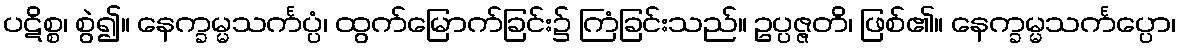
ပဋိစ္စ၊ စွဲ၍။ နေက္ခမ္မသင်္ကပ္ပံ၊ ထွက်မြောက်ခြင်း၌ ကြံခြင်းသည်။ ဥပ္ပဇ္ဇတိ၊ ဖြစ်၏။ နေက္ခမ္မသင်္ကပ္ပော၊